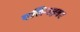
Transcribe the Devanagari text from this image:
एसिनहवर